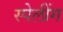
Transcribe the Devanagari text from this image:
स्पेलींग